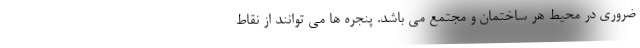
ضروری در محیط هر ساختمان و مجتمع می باشد. پنجره ها می توانند از نقاط